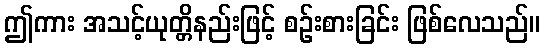
ဤကား အသင့်ယုတ္တိနည်းဖြင့် စဉ်းစားခြင်း ဖြစ်လေသည်။